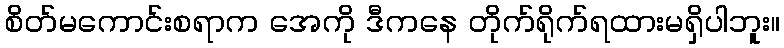
စိတ်မကောင်းစရာက အေကို ဒီကနေ တိုက်ရိုက်ရထားမရှိပါဘူး။